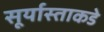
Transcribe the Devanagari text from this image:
सूर्यास्ताकडे